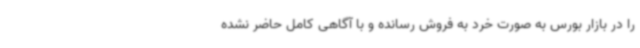
را در بازار بورس به صورت خرد به فروش رسانده و با آگاهی کامل حاضر نشده